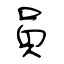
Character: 員